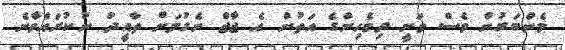
މެންބަރުން ވެސް ވަނީ ދިވެހިންގެ އަތުން އެ ޖާޖް ނެގުމަށް ތާއީދު ނުކުރައްވާނެ